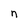
Character: n